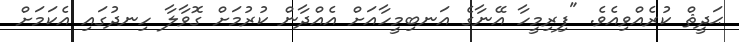
ޙަދީޘް ކުރެއްވިއެވެ. "ފިރިމީހާ އޭނާގެ އަނބިމީހާއަށް އެއްދާން ކުރުމަށް ގޮވާލާ ހިނދުގައި އެކަމަށް